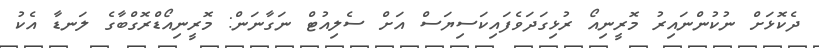
ދެކޮޅަށް ނުކުންނައިރު މޮރީނިއޯ ރުޅިގަދަވެފައިކަސިޔަސް އަށް ސެލިއުޓް ނަގާނަން: މޮރީނިއޯޑްރޮގްބާގެ ލަނޑާ އެކު